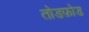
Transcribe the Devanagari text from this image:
तोडफ़ोड